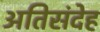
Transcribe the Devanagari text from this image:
अतिसंदेह